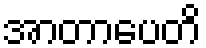
အာတာပေတိ